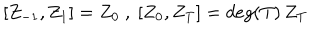
[ Z _ { - 1 } , Z _ { 1 } ] = Z _ { 0 } \ , \ [ Z _ { 0 } , Z _ { T } ] = d e g ( T ) \, Z _ { T } \,